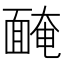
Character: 𩈯